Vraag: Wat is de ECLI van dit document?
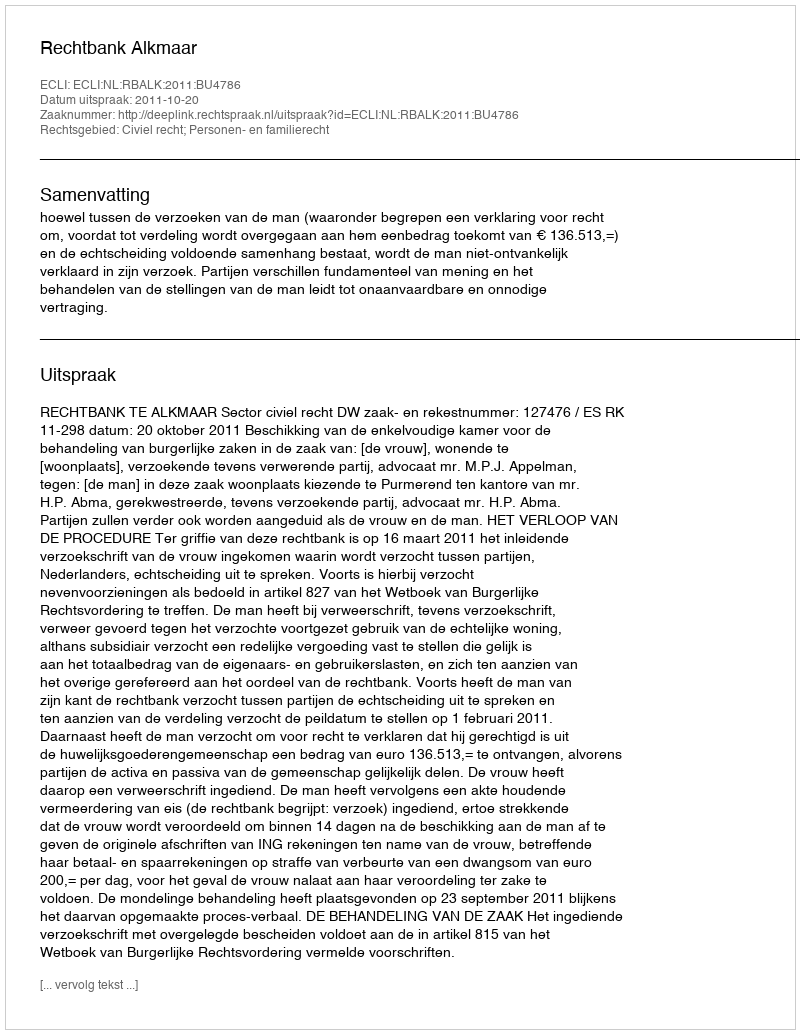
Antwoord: ECLI:NL:RBALK:2011:BU4786